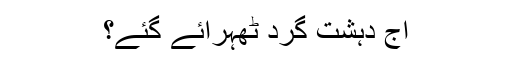
آج دہشت گرد ٹھہرائے گئے؟